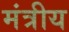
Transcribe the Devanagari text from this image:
मंत्रीय